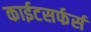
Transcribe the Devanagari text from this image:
काईटसर्फर्स